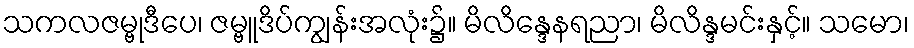
သကလဇမ္ဗုဒီပေ၊ ဇမ္ဗူဒိပ်ကျွန်းအလုံး၌။ မိလိန္ဒေနရညာ၊ မိလိန္ဒမင်းနှင့်။ သမော၊